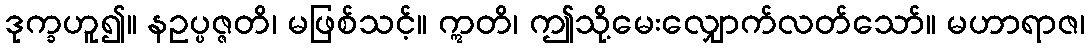
ဒုက္ခဟူ၍။ နဥပ္ပဇ္ဇတိ၊ မဖြစ်သင့်။ ဣတိ၊ ဤသို့မေးလျှောက်လတ်သော်။ မဟာရာဇ၊